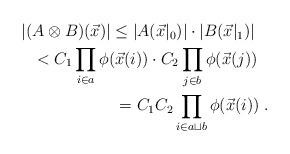
LaTeX: \begin{align*}\begin{multlined}|(A\otimes B)(\vec{x})| \leq |A(\vec{x}\rvert_0)|\cdot |B(\vec{x}\rvert_1)|\\<C_1 \prod_{i\in a} \phi(\vec{x}(i)) \cdot C_2 \prod_{j\in b} \phi(\vec{x}(j))\\= C_1C_2 \prod_{i\in a\sqcup b} \phi(\vec{x}(i))\;.\end{multlined}\end{align*}